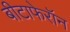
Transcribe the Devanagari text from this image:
बीटाफेरॉन